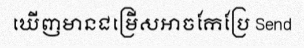
ឃើញមានជម្រើសអាចកែប្រែ Send